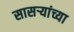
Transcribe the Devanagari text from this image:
सासऱ्यांच्या